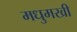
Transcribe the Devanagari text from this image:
मधुमखी